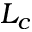
L _ { c }